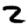
Digit: 2